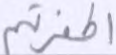
أكفرتم